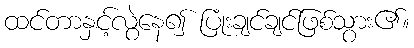
ထင်တာနှင့်လွဲနေ၍ ပြုံးချင်ချင်ဖြစ်သွား၏။